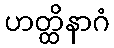
ဟတ္ထိနာဂံ